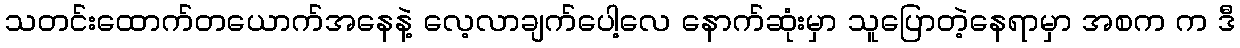
သတင်းထောက်တယောက်အနေနဲ့ လေ့လာချက်ပေါ့လေ နောက်ဆုံးမှာ သူပြောတဲ့နေရာမှာ အစက က ဒီ